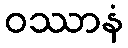
ဝဿာနံ